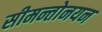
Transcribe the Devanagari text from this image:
सीमन्तोनयन